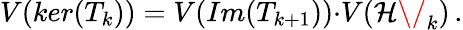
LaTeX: V(ker(T_{k}))=V(Im(T_{k+1})){\cdot}V({\cal H\/ }_{k})\, .